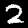
Label: 2